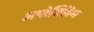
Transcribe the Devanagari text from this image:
अपोक्लिम